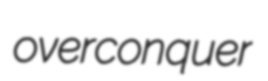
overconquer